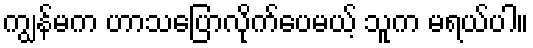
ကျွန်မက ဟာသပြောလိုက်ပေမယ့် သူက မရယ်ပါ။